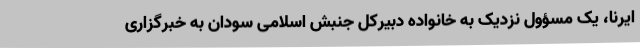
ایرنا، یک مسؤول نزدیک به خانواده دبیرکل جنبش اسلامی سودان به خبرگزاری